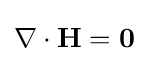
\nabla \cdot \mathbf {H} =\mathbf {0} \,\!